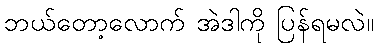
ဘယ်တော့လောက် အဲဒါကို ပြန်ရမလဲ။